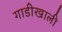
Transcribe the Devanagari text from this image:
गाडीखाली